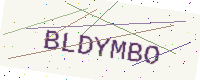
Text: BLDYMBO